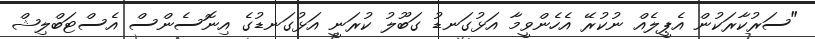
"ސަރުކާރަކުން އެޕީލެއް ނުކުރޭ އެހެންވީމާ އަޅުގަނޑު ގަބޫލު ކުރަނީ އަޅުގަނޑުގެ އިނޮސެންސް އެސްޓަބްލިޝް